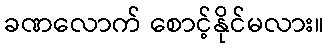
ခဏလောက် စောင့်နိုင်မလား။